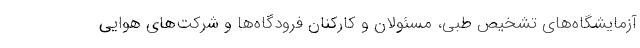
آزمایشگاه‌های تشخیص طبی، مسئولان و کارکنان فرودگاه‌ها و شرکت‌های هوایی